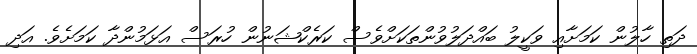
ދަތި ހާލުން ކަމަށާއި ވަކީލު ބައްދަލުވުންތަކަށްވެސް ކަރެކްޝަނުން ހުރަސް އަޅަމުންދާ ކަމަށެވެ. އަދި